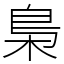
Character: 梟